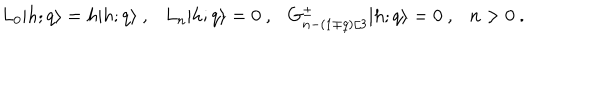
L _ { 0 } \vert { h ; q } \rangle = h \vert { h ; q } \rangle { } ~ , { } ~ { } ~ { } ~ L _ { n } \vert { h ; q } \rangle = 0 { } ~ , { } ~ { } ~ { } ~ G _ { n - ( 1 \mp q ) / 3 } ^ { \pm } \vert { h ; q } \rangle = 0 { } ~ , { } ~ { } ~ { } ~ n > 0 { } ~ .